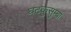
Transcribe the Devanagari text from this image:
घटकुसुम्बा